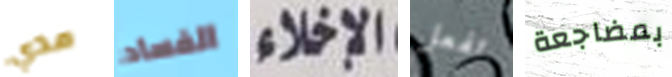
مدي الفساد الإخلاء تفعل بمضاجعة